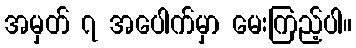
အမှတ် ၇ အပေါက်မှာ မေးကြည့်ပါ။